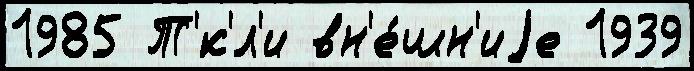
1985 Т'́к'л'и вн'е́шн'иjе 1939